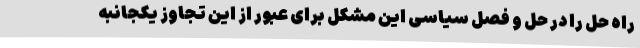
راه حل را در حل و فصل سیاسی این مشکل برای عبور از این تجاوز یکجانبه